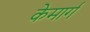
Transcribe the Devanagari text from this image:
केमार्ग